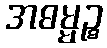
အဓမ္မဉ္စ